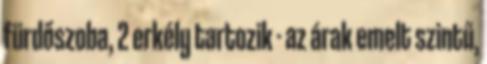
fürdőszoba, 2 erkély tartozik - az árak emelt szintű,